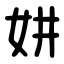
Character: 妌